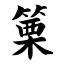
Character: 篥